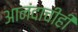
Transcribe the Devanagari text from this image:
आनंदाचीही